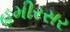
હમીરસર